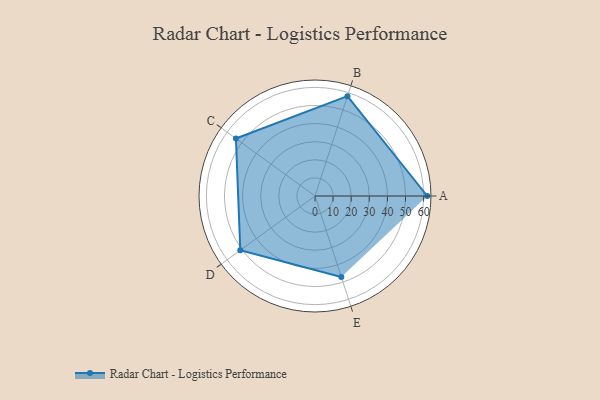
{"axis": {"x": "Skill", "y": "Score"}, "legend": ["Profile"], "data": [{"x": "A", "y": 62.0, "type": "Profile"}, {"x": "B", "y": 58.0, "type": "Profile"}, {"x": "C", "y": 54.0, "type": "Profile"}, {"x": "D", "y": 51.0, "type": "Profile"}, {"x": "E", "y": 47.0, "type": "Profile"}]}